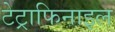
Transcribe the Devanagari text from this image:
टेट्राफिनाइल